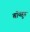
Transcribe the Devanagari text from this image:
बॉयहुड